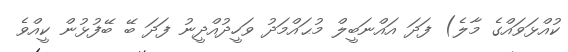
ކުއްޅަވައްގެ މާލެ) ފަދަ އައްނަބީލް މުޙައްމަދު ވަހީދުއްދީނު ފަދަ ބޭ ބޭފުޅުން ކީއްވެ